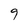
Character: 9